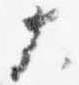
大